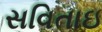
સવિતાઇ